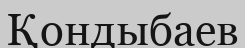
Қондыбаев